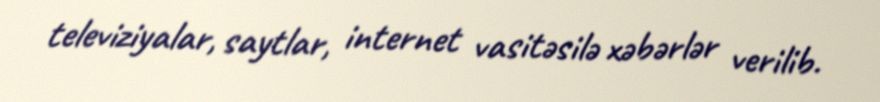
televiziyalar, saytlar, internet vasitəsilə xəbərlər verilib.